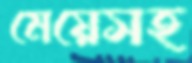
মেয়েসহ